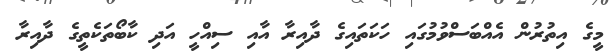
މީގެ އިތުރުން އެއްބަސްވުމުގައި ހަކަތައިގެ ދާއިރާ އާއި ސިއްހީ އަދި ކާބޯތަކެތީގެ ދާއިރާ